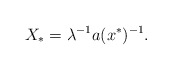
\begin{align*}X_* =\lambda^{-1}a(x^* )^{-1}.\end{align*}